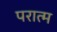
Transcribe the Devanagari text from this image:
परात्म